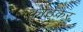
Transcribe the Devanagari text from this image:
कोठेकर